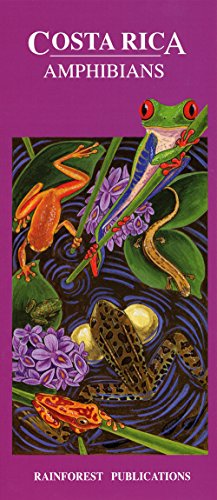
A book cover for Costa Rica Amphibians Wildlife Guide (Laminated Foldout Pocket Field Guide) (English and Spanish Edition); Rainforest Publications; Travel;